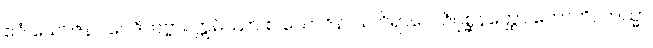
ဧဝံ ယောဇနာ ဝေဒိတဗ္ဗာ။ ဣမိဿာ စ ယောဇနာယ ဝိရာဂေါ ဇိဂုစ္ဆနတ္ထော ဟောတိ, တသ္မာ